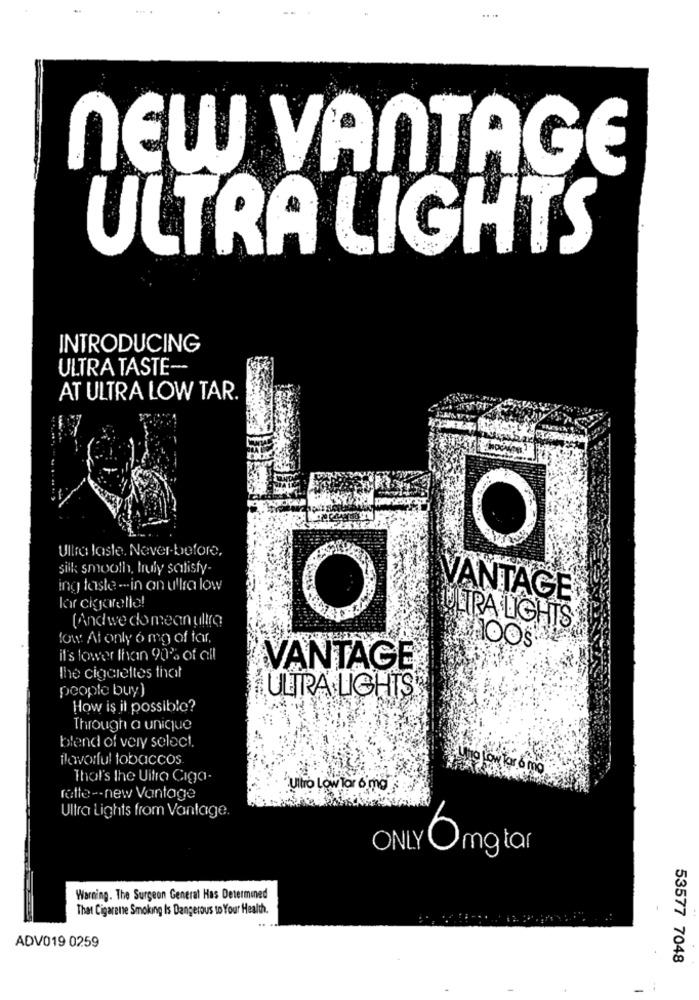
NEW VANTAGE
ULTRA LIGHTS
INTRODUCING
ULTRA TASTE ---
AT ULTRA LOW TAR.
O
Ultra laste. Never-before,
silk smooth, truly satisfy-
ing taste --- in an ulla low
VANTAGE
lar cigarette!
(Andwe do mean ultro
ULTRA LIGHTS
fow: Al only 6 mg of far,
HOOS®
it's lower than 90% of all
VANTAGE
the cigarettes that
people buy)
ULTRA LIGHTS
How is it possible?
Through a unique
blend of very select.
flavorful tobaccos
Ung Low tar o mg
That's the Uitra Ciga.
Ultro Low Tor 6 mg
rotte -- new Vantage
Ultra Lights from Vantage.
ON
6mg tar
Warning. The Surgeon General Has Determined
That Cigarene Smoking Is Dangerous to Your Health.
ADV019 0259
53577 7048
-